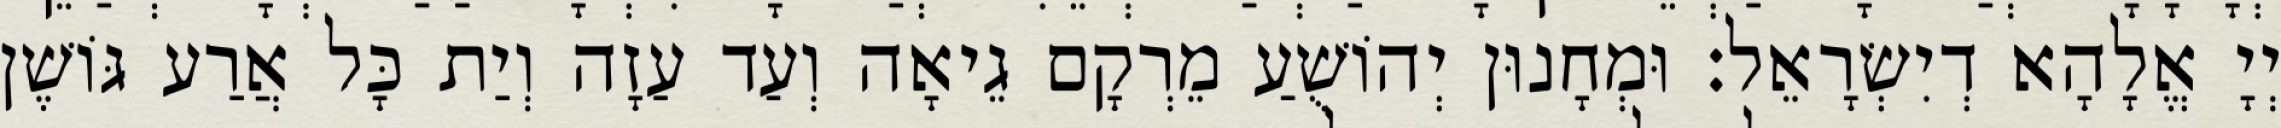
יְיָ אֱלָהָא דְיִשְׂרָאֵל׃ וּמְחָנוּן יְהוֹשֻׁעַ מֵרְקָם גֵיאָה וְעַד עַזָה וְיַת כָּל אֲרַע גּוֹשֶׁן